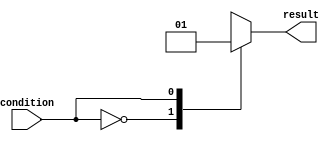
module behavioral_modeling_blocks(
  input wire condition,
  output reg result
);

always @(condition) begin
  case (condition)
    2'b00: result = 1'b0; // Condition when condition is 00
    2'b01: result = 1'b1; // Condition when condition is 01
    2'b10: result = 1'b0; // Condition when condition is 10
    2'b11: result = 1'bx; // Don't care case
  endcase
end

endmodule